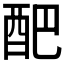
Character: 𮠟